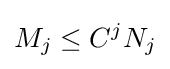
M_{j}\leq C^{j}N_{j}